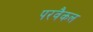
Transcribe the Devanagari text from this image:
परवैकल